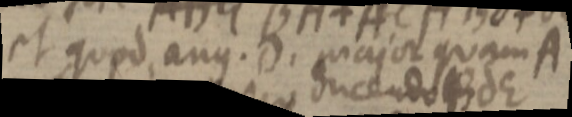
et quod ang. D. major quam A